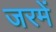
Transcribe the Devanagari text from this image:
जरमें